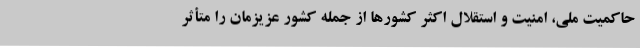
حاکمیت ملی، امنیت و استقلال اکثر کشورها از جمله کشور عزیزمان را متأثر